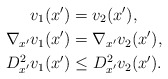
\begin{align*}v_1({x}')&=v_2({x}'),\\\nabla_{x'} v_1({x}')&=\nabla_{x'} v_2({x}'),\\D^2_{x'}v_1({x}')&\leq D^2_{x'}v_2({x}').\end{align*}